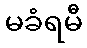
မခံရမီ